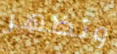
وتظهر